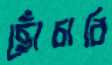
ছোঁচাবি